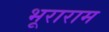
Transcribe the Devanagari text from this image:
भूराराम